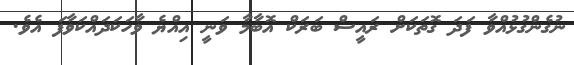
ނުގެންގުޅުއްވާ ފަދަ ގޮތަކަށް ރައީސް ބަރަކް އޮބާމާ ވަނީ އިއްޔެ ވާހަކަދައްކަވާފަ އެވެ.